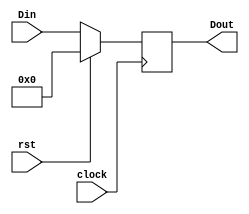
module PC (clock, rst, Din, Dout);

 input  		clock, rst;
 input  		[7:0] Din;
 output reg [7:0] Dout;

 always @(posedge clock) begin
 
  if (rst == 0)
   Dout = Din;
  else
	Dout = 8'b0;
 
 end

endmodule